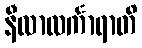
နီလာလင်္ကာရာတိ